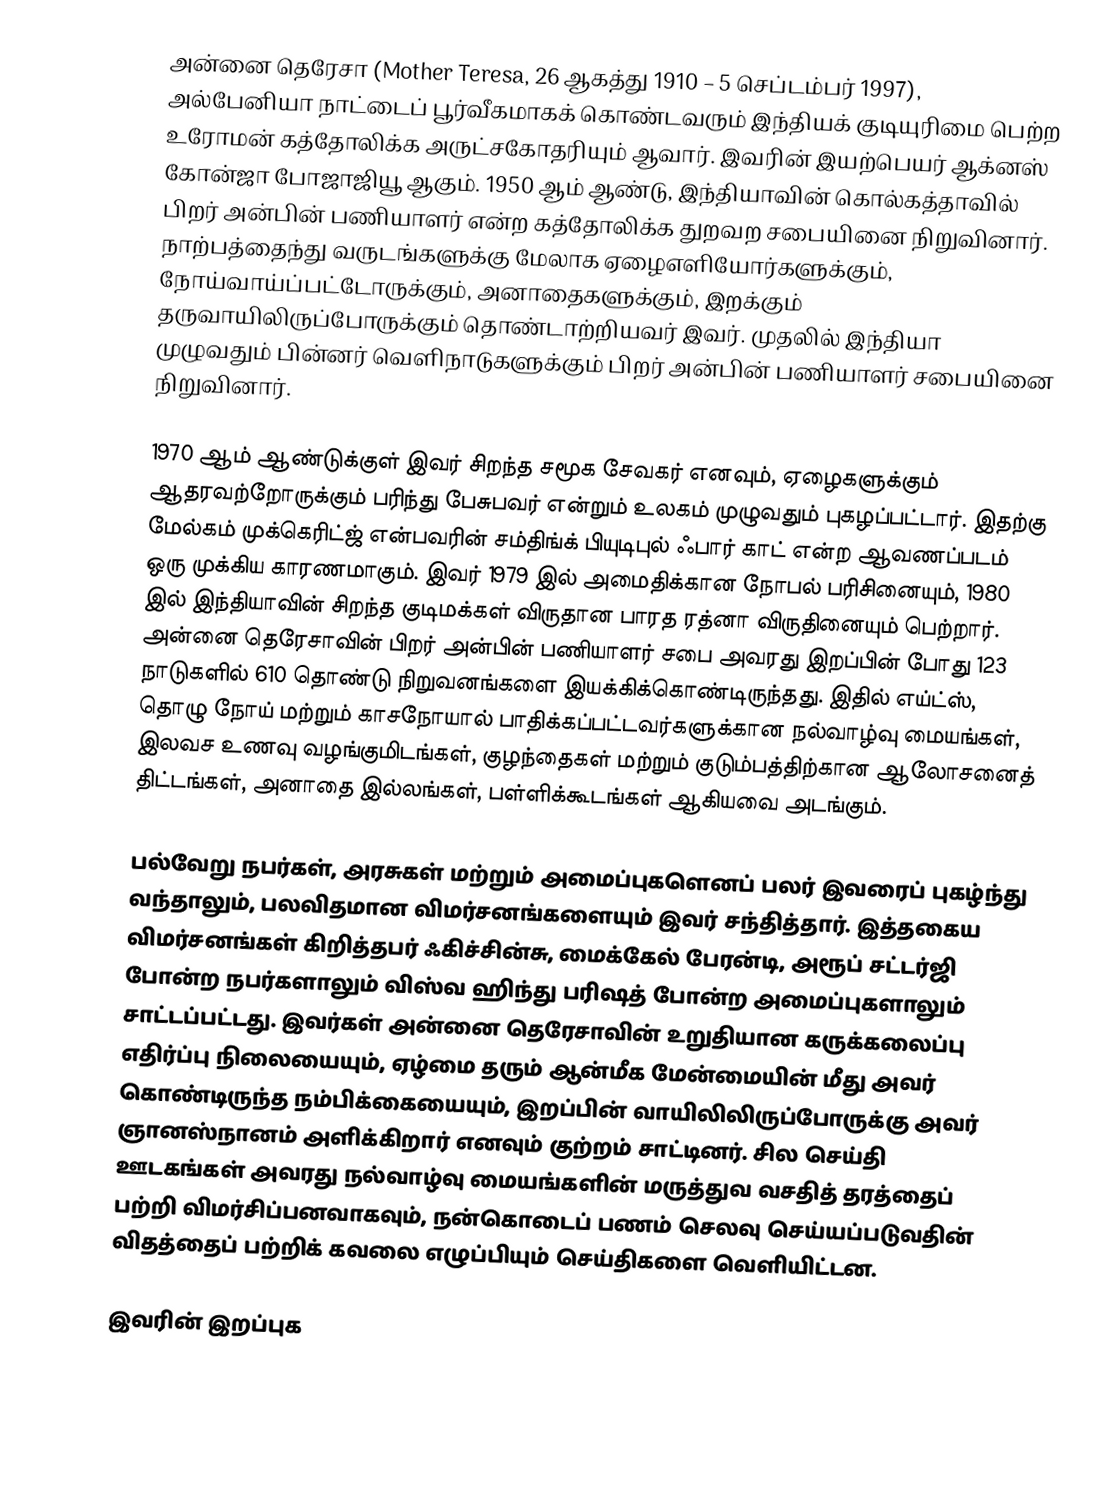
அன்னை தெரேசா (Mother Teresa, 26 ஆகத்து 1910 – 5 செப்டம்பர் 1997), அல்பேனியா நாட்டைப் பூர்வீகமாகக் கொண்டவரும் இந்தியக் குடியுரிமை பெற்ற உரோமன் கத்தோலிக்க அருட்சகோதரியும் ஆவார். இவரின் இயற்பெயர் ஆக்னஸ் கோன்ஜா போஜாஜியூ ஆகும். 1950 ஆம் ஆண்டு, இந்தியாவின் கொல்கத்தாவில் பிறர் அன்பின் பணியாளர் என்ற கத்தோலிக்க துறவற சபையினை நிறுவினார். நாற்பத்தைந்து வருடங்களுக்கு மேலாக ஏழைஎளியோர்களுக்கும், நோய்வாய்ப்பட்டோருக்கும், அனாதைகளுக்கும், இறக்கும் தருவாயிலிருப்போருக்கும் தொண்டாற்றியவர் இவர். முதலில் இந்தியா முழுவதும் பின்னர் வெளிநாடுகளுக்கும் பிறர் அன்பின் பணியாளர் சபையினை நிறுவினார்.

1970 ஆம் ஆண்டுக்குள் இவர் சிறந்த சமூக சேவகர் எனவும், ஏழைகளுக்கும் ஆதரவற்றோருக்கும் பரிந்து பேசுபவர் என்றும் உலகம் முழுவதும் புகழப்பட்டார். இதற்கு மேல்கம் முக்கெரிட்ஜ் என்பவரின் சம்திங்க் பியுடிபுல் ஃபார் காட் என்ற ஆவணப்படம் ஒரு முக்கிய காரணமாகும். இவர் 1979 இல் அமைதிக்கான நோபல் பரிசினையும், 1980 இல் இந்தியாவின் சிறந்த குடிமக்கள் விருதான பாரத ரத்னா விருதினையும் பெற்றார். அன்னை தெரேசாவின் பிறர் அன்பின் பணியாளர் சபை அவரது இறப்பின் போது 123 நாடுகளில் 610 தொண்டு நிறுவனங்களை இயக்கிக்கொண்டிருந்தது. இதில் எய்ட்ஸ், தொழு நோய் மற்றும் காசநோயால் பாதிக்கப்பட்டவர்களுக்கான நல்வாழ்வு மையங்கள், இலவச உணவு வழங்குமிடங்கள், குழந்தைகள் மற்றும் குடும்பத்திற்கான ஆலோசனைத் திட்டங்கள், அனாதை இல்லங்கள், பள்ளிக்கூடங்கள் ஆகியவை அடங்கும்.

பல்வேறு நபர்கள், அரசுகள் மற்றும் அமைப்புகளெனப் பலர் இவரைப் புகழ்ந்து வந்தாலும், பலவிதமான விமர்சனங்களையும் இவர் சந்தித்தார். இத்தகைய விமர்சனங்கள் கிறித்தபர் ஃகிச்சின்சு, மைக்கேல் பேரன்டி, அரூப் சட்டர்ஜி போன்ற நபர்களாலும் விஸ்வ ஹிந்து பரிஷத் போன்ற அமைப்புகளாலும் சாட்டப்பட்டது. இவர்கள் அன்னை தெரேசாவின் உறுதியான கருக்கலைப்பு எதிர்ப்பு நிலையையும், ஏழ்மை தரும் ஆன்மீக மேன்மையின் மீது அவர் கொண்டிருந்த நம்பிக்கையையும், இறப்பின் வாயிலிலிருப்போருக்கு அவர் ஞானஸ்நானம் அளிக்கிறார் எனவும் குற்றம் சாட்டினர். சில செய்தி ஊடகங்கள் அவரது நல்வாழ்வு மையங்களின் மருத்துவ வசதித் தரத்தைப் பற்றி விமர்சிப்பனவாகவும், நன்கொடைப் பணம் செலவு செய்யப்படுவதின் விதத்தைப் பற்றிக் கவலை எழுப்பியும் செய்திகளை வெளியிட்டன.

இவரின் இறப்புக